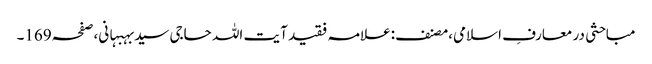
مباحثی در معارفِ اسلامی،مصنف:علامہ فقید آیت اللہ حاجی سیدبہبہانی،صفحہ169۔